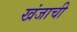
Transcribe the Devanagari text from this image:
खंजाची